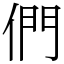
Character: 們